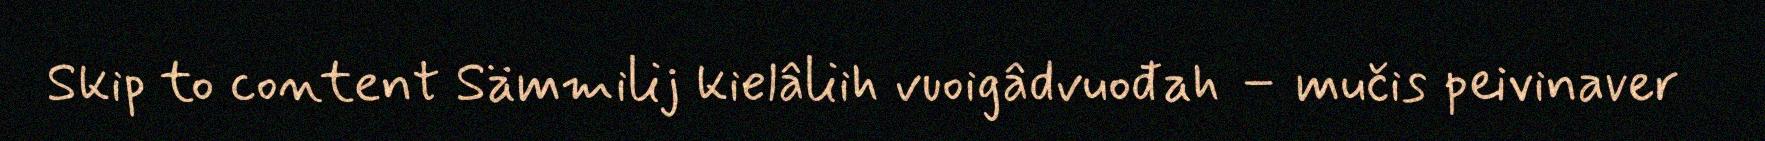
Skip to content Sämmilij kielâliih vuoigâdvuođah – mučis peivinaver